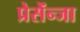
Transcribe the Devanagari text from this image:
प्रेसेंन्जा